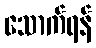
သောက်ရန်